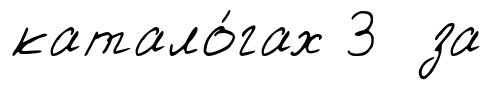
катало́гах 3 за